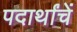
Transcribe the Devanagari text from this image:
पदार्थांचें